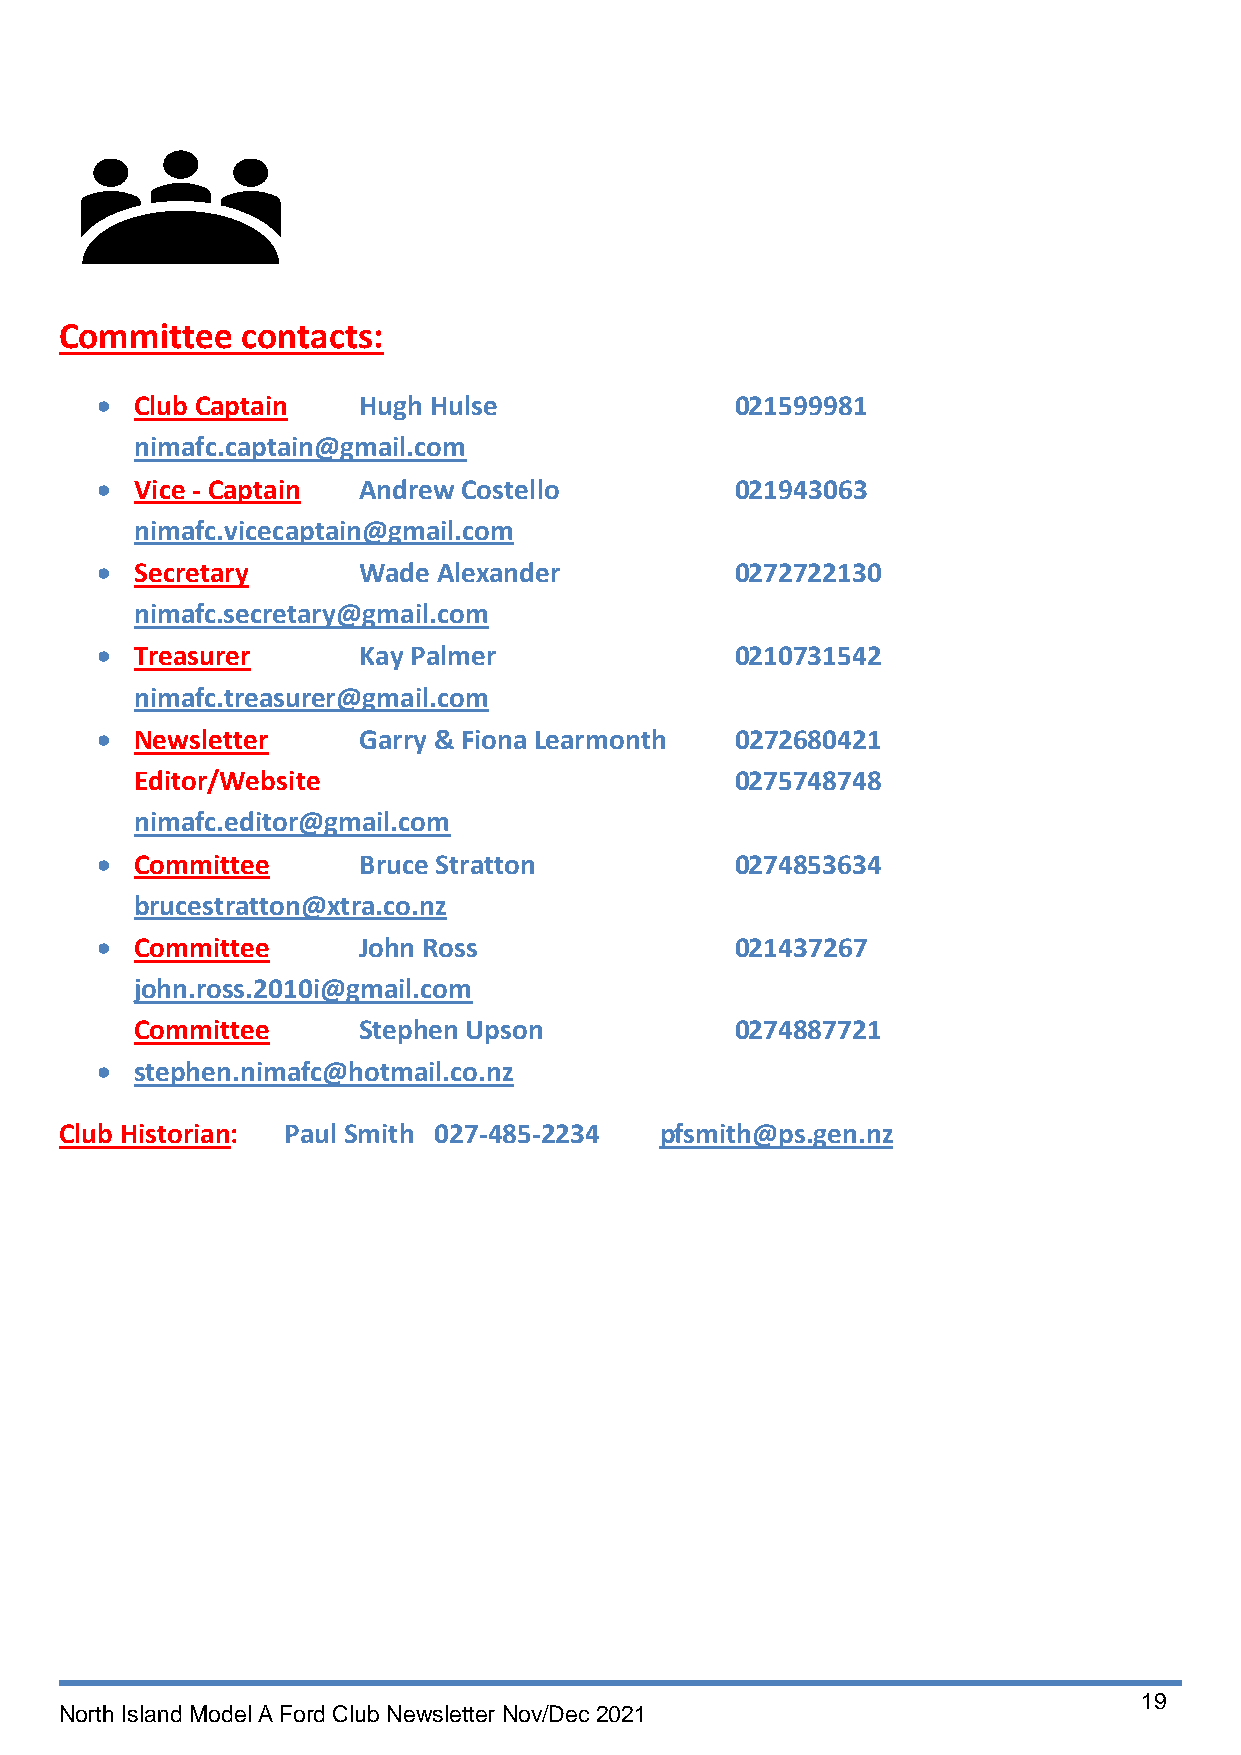
Committee   contacts:
 •  Club Captain   Hugh Hulse               021599981
 nimafc.captain@gmail.com
 •  Vice - Captain Andrew Costello          021943063
 nimafc.vicecaptain@gmail.com
 •  Secretary      Wade Alexander           0272722130
 nimafc.secretary@gmail.com
 •  Treasurer      Kay Palmer               0210731542
 nimafc.treasurer@gmail.com
 •  Newsletter     Garry & Fiona Learmonth  0272680421
 Editor/Website                          0275748748
 nimafc.editor@gmail.com
 •  Committee      Bruce Stratton           0274853634
 brucestratton@xtra.co.nz
 •  Committee      John Ross                021437267
 john.ross.2010i@gmail.com
 Committee      Stephen Upson            0274887721
 •  stephen.nimafc@hotmail.co.nz
 Club Historian: Paul Smith 027-485-2234 pfsmith@ps.gen.nz
 19
 North Island Model A Ford Club Newsletter Nov/Dec 2021